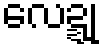
လေဍ္ဍု